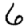
Digit: 6